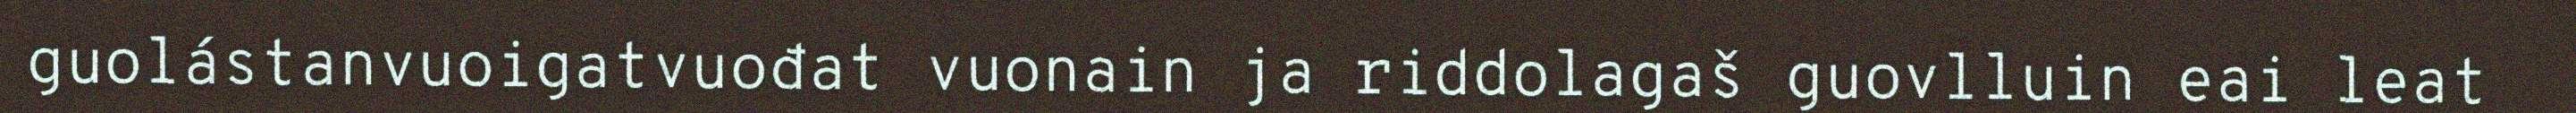
guolástanvuoigatvuođat vuonain ja riddolagaš guovlluin eai leat